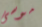
موسى